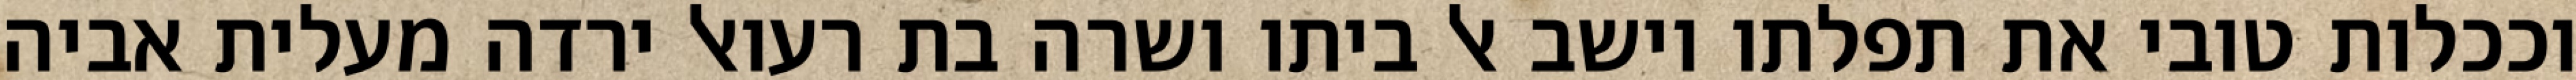
וככלות טובי את תפלתו וישב אל ביתו ושרה בת רעואל ירדה מעלית אביה